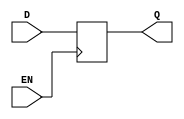
// Code your design here
module d_latch (
    input D,
    input EN,
    output reg Q
);

    always @(posedge EN)
        if (EN)
            Q <= D;

endmodule